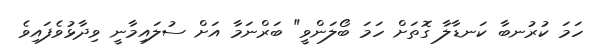
ހަމަ ކުރުނބާ ކަނޑާލާ ގޮތަށް ހަމަ ބޯލަންވީ" ބަރްނަމާ އަށް ސުލައިމާނީ ވިދާޅުވެފައިވެ